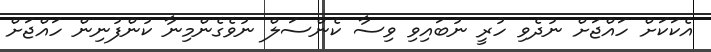
އެކަކަށް ހައްޖަށް ނުދެވި ހުރީ ނުބައިވި ވިސާ ކެންސަލް ނުވެގެންމިނާ ކުންފުނިން ހައްޖަށް